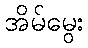
အိမ်မွေး